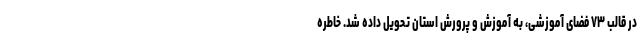
در قالب ۷۳ فضای آموزشی، به آموزش و پرورش استان تحویل داده شد. خاطره